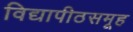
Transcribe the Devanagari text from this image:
विद्यापीठसमूह